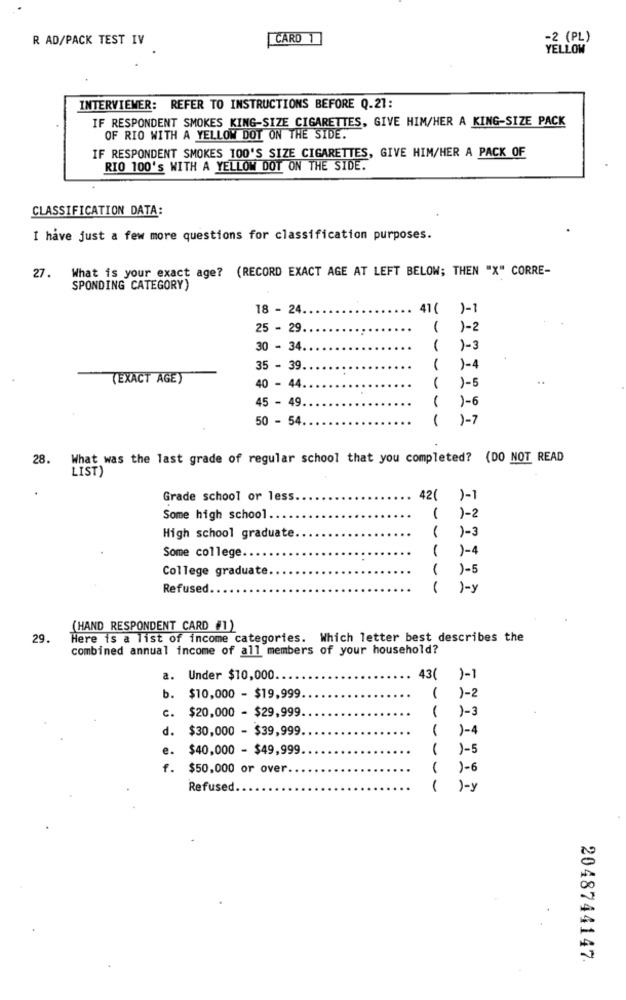
R AD/PACK TEST IV
CARD 1
-2 (PL)
YELLOW
INTERVIEWER: REFER TO INSTRUCTIONS BEFORE Q.21:
IF RESPONDENT SMOKES KING-SIZE CIGARETTES, GIVE HIM/HER A KING-SIZE PACK
OF RIO WITH A YELLOW DOT ON THE SIDE.
IF RESPONDENT SMOKES 100'S SIZE CIGARETTES, GIVE HIM/HER A PACK OF
RIO 100'S WITH A YELLOW DOT ON THE SIDE.
CLASSIFICATION DATA:
I have just a few more questions for classification purposes.
27.
What is your exact age? (RECORD EXACT AGE AT LEFT BELOW; THEN "X" CORRE-
SPONDING CATEGORY)
18 - 24.
. 41( )-1
25 - 29.
( )-2
30 - 34.
1-3
35 - 39.
1-4
(EXACT AGE)
1
1-5
40 - 44
45 - 49.
1-6
50 - 54.
(
)-7
28.
What was the last grade of regular school that you completed? (DO NOT READ
LIST)
Grade school or less.
42( )-1
Some high school.
1
1-2
High school graduate
1-3
Some college
1
1-4
College graduate
1-5
Refused.
1
1-y
(HAND RESPONDENT CARD #1)
29.
Here is a list of income categories. Which letter best describes the
combined annual income of all members of your household?
a.
Under $10,000.
43( )-1
b. $10,000 - $19,999.
1
)-2
c. $20,000 - $29,999.
1-3
d. $30,000 - $39,999.
1
1-4
e. $40,000 - $49,999
1
1-5
f.
$50,000 or over.
1-6
Refused.
)-y
2048744147